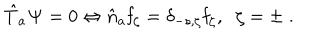
\hat { T } _ { a } { \bf \Psi } = 0 \Leftrightarrow \hat { n } _ { a } { \bf f } _ { \zeta } = \delta _ { - s , \zeta } { \bf f } _ { \zeta } , \; \; \zeta = \pm \; .